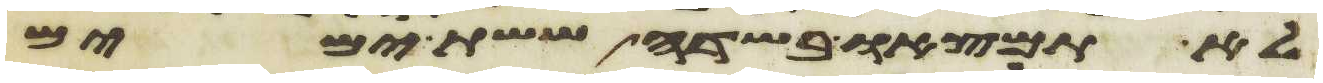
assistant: לא תמצאו בשדה ששת ימים